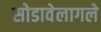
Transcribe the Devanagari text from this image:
सोडावेलागले